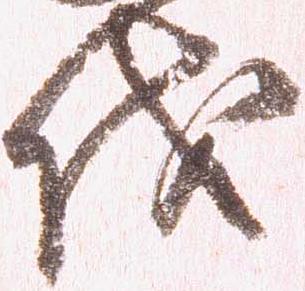
伐